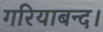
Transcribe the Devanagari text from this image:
गरियाबन्द।